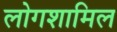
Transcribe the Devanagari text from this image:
लोगशामिल